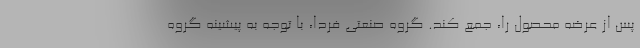
پس از عرضه محصول را، جمع کند. گروه صنعتی فردا، با توجه به پیشینه گروه